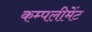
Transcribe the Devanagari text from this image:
कम्पलीमेंट